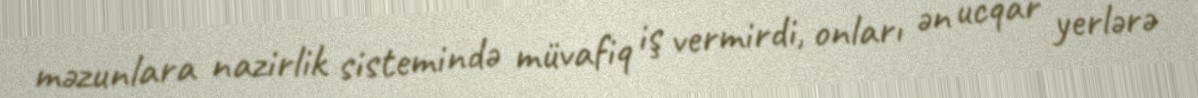
məzunlara nazirlik sistemində müvafiq iş vermirdi, onları ən ucqar yerlərə